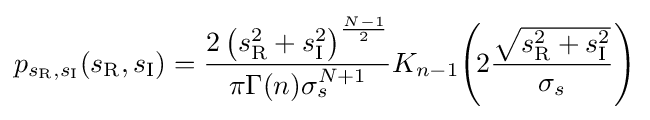
p_{s_{\textrm {R}},s_{\textrm {I}}}(s_{\textrm {R}},s_{\textrm {I}})={\frac {2\left(s_{\textrm {R}}^{2}+s_{\textrm {I}}^{2}\right)^{\frac {N-1}{2}}}{\pi \Gamma (n)\sigma _{s}^{N+1}}}K_{n-1}\!\left(\!2{\frac {\sqrt {s_{\textrm {R}}^{2}+s_{\textrm {I}}^{2}}}{\sigma _{s}}}\right)